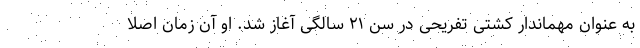
به عنوان مهماندار کشتی تفریحی در سن ۲۱ سالگی آغاز شد. او آن زمان اصلاً